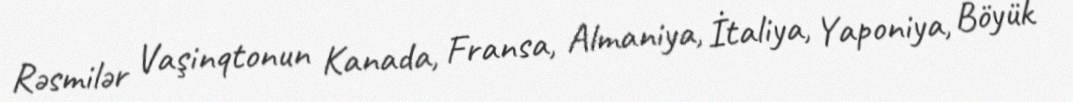
Rəsmilər Vaşinqtonun Kanada, Fransa, Almaniya, İtaliya, Yaponiya, Böyük